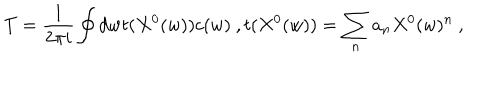
LaTeX: T = \frac { 1 } { 2 \pi i } \oint d w t ( X ^ { 0 } ( w ) ) c ( w ) \ , t ( X ^ { 0 } ( w ) ) = \sum _ { n } a _ { n } X ^ { 0 } ( w ) ^ { n } \ ,